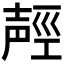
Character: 𰋌